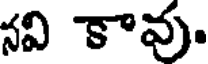
నవి కావు.